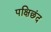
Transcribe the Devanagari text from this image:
पक्षिछंद